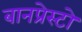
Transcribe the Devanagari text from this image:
बानप्रेस्टो